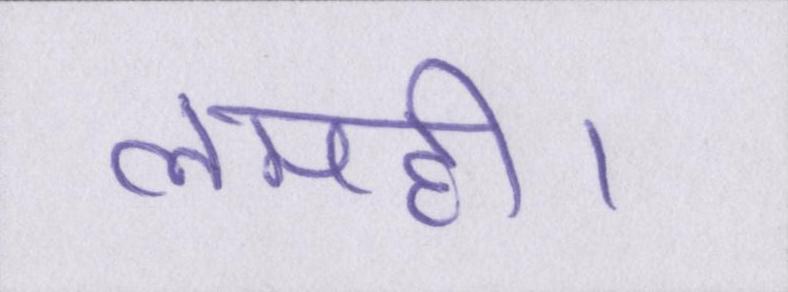
लमही।